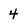
Character: 4